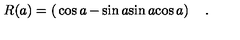
R ( a ) = \left( \begin{matrix} { \cos a } & { - \sin a } \\ { \sin a } & { \cos a } \\ \end{matrix} \right) \quad .